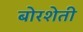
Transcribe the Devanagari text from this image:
बोरशेती